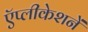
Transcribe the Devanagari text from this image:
ऍप्लीकेशनें